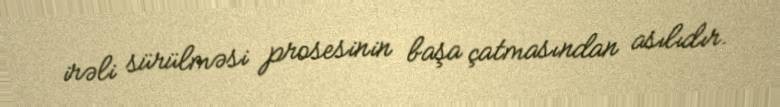
irəli sürülməsi prosesinin başa çatmasından asılıdır.